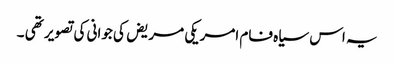
یہ اس سیاہ فام امریکی مریض کی جوانی کی تصویر تھی ۔